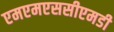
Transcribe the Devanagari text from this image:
एमएमएससीएमडी